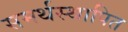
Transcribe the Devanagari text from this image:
समर्थस्थापित